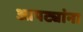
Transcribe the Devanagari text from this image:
आपट्यांना